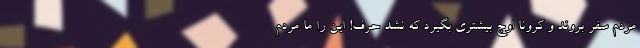
مردم سفر بروند و کرونا اوج بیشتری بگیرد که نشد حرف! این را ما مردم